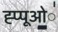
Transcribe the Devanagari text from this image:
ह्प्पूओ॒॒॒॑